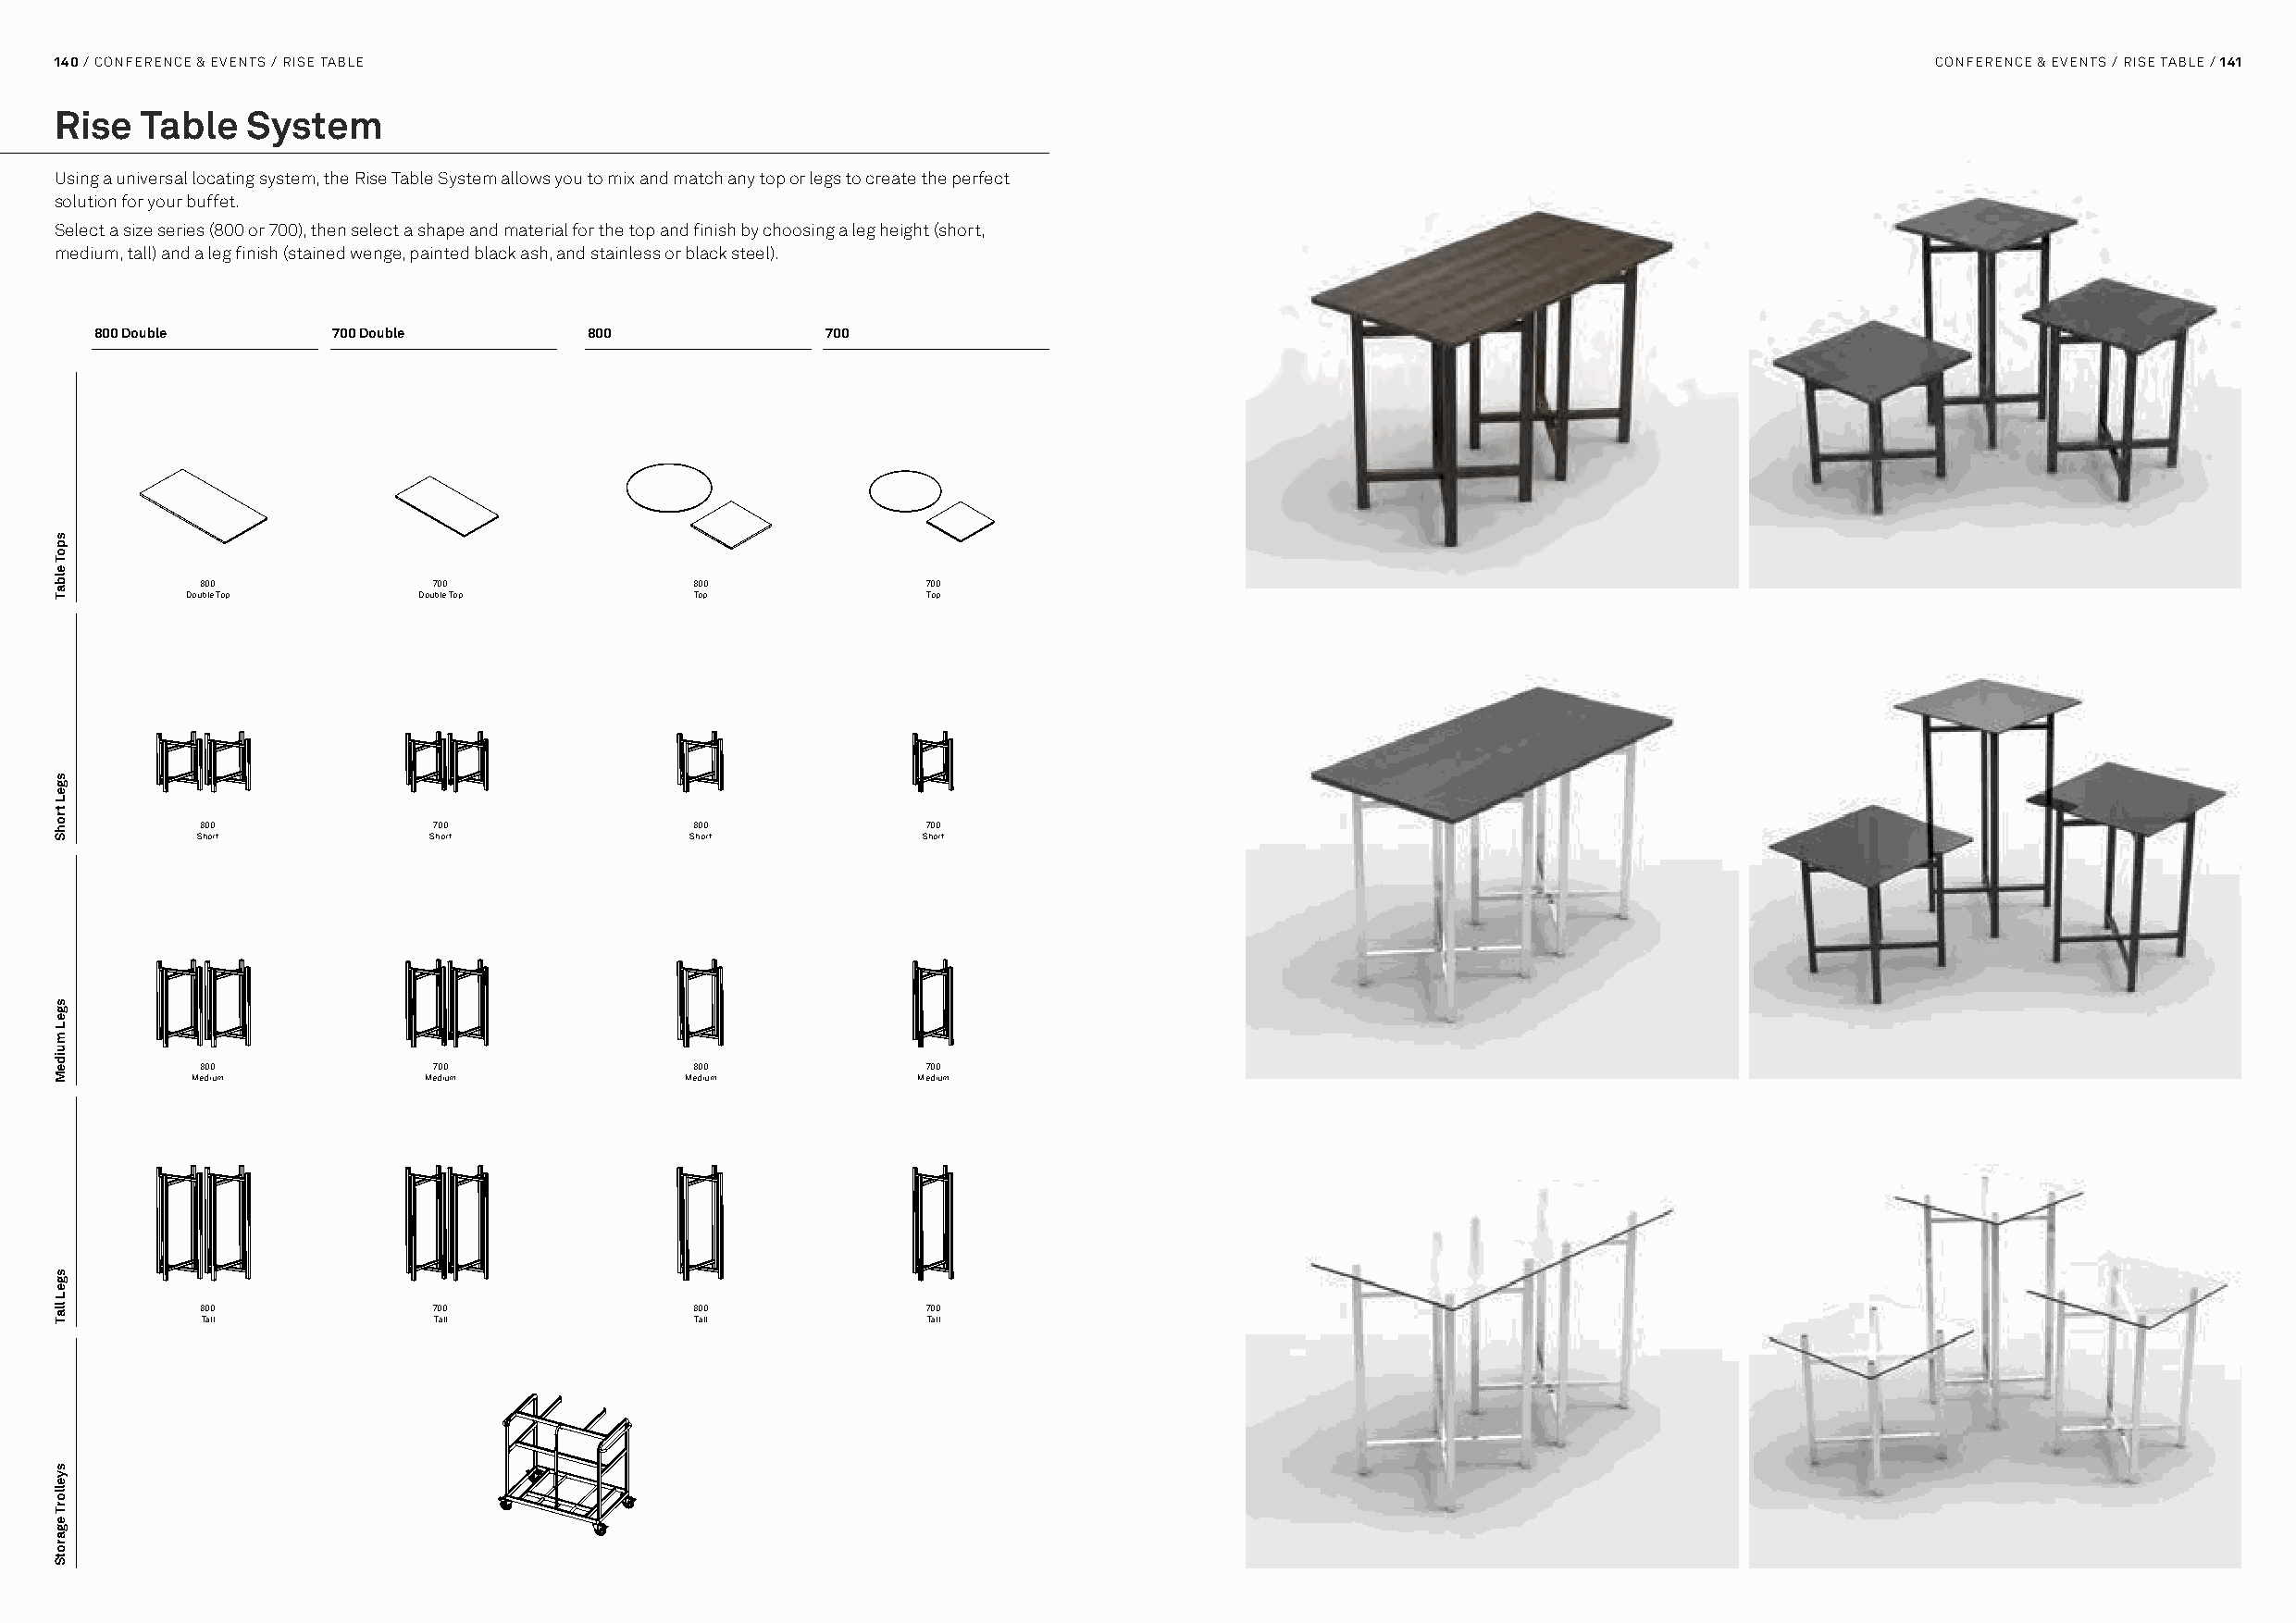
140 / CONFERENCE & EVENTS / RISE TABLE                                                                                                CONFERENCE & EVENTS / RISE TABLE / 141
 Rise  Table   System
 Using a universal locating system, the Rise Table System allows you to mix and match any top or legs to create the perfect
 solution for your buffet.
 Select a size series (800 or 700), then select a shape and material for the top and finish by choosing a leg height (short,
 medium, tall) and a leg finish (stained wenge, painted black ash, and stainless or black steel).
 800 Double       700 Double        800              700
 800              700                800             700
 Double Top       Double Top          Top             Top
 800              700                800             700
 Short            Short             Short            Short
 800              700                800             700
 Medium          Medium             Medium           Medium
 800              700                800             700
 Tall             Tall               Tall            Tall
 spoT
 elbaT
 sgeL
 trohS
 sgeL
 muideM
 sgeL
 llaT
 syellorT
 egarotS